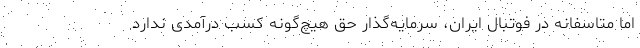
اما متاسفانه در فوتبال ایران، سرمایه‌گذار حق هیچ‌گونه کسب درآمدی ندارد